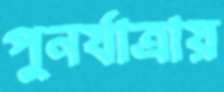
পুনর্যাত্রায়